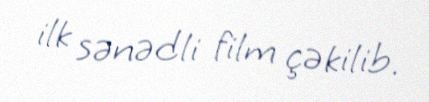
ilk sənədli film çəkilib.